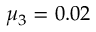
\mu _ { 3 } = 0 . 0 2